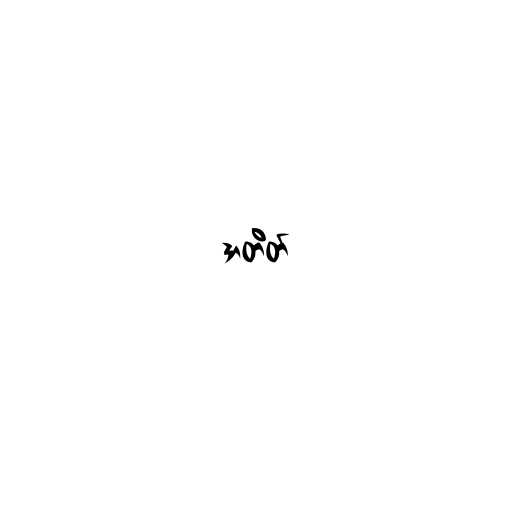
အတိတ်